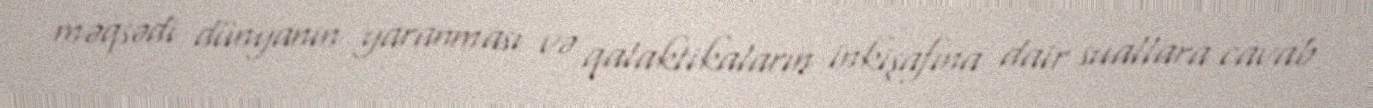
məqsədi dünyanın yaranması və qalaktikaların inkişafına dair suallara cavab